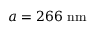
a = 2 6 6 \ \mathrm { n m }